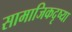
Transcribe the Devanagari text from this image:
सामाजिकदृष्या